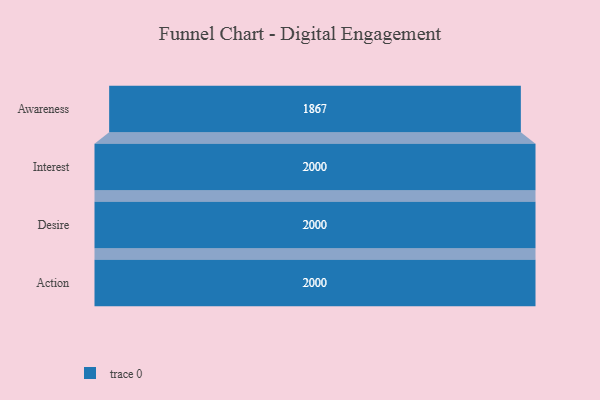
{"axis": {"x": "Stage", "y": "Value"}, "legend": [""], "data": [{"x": "Awareness", "y": 1867.0, "type": ""}, {"x": "Interest", "y": 2000, "type": ""}, {"x": "Desire", "y": 2000, "type": ""}, {"x": "Action", "y": 2000, "type": ""}]}